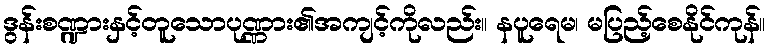
ဒွန်းစဏ္ဍားနှင့်တူသောပုဏ္ဏား၏အကျင့်ကိုလည်း။ နပူရေမ၊ မပြည့်စေနိုင်ကုန်။